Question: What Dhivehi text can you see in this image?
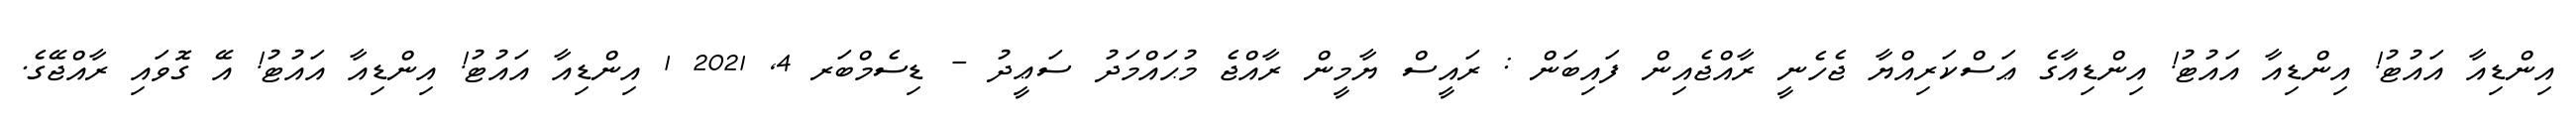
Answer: އިންޑިއާ އައުޓު! އިންޑިއާ އައުޓު! އިންޑިއާގެ ޢަސްކަރިއްޔާ ޖެހެނީ ރާއްޖެއިން ފައިބަން : ރައީސް ޔާމީން ރާއްޖެ މުޙައްމަދު ސަޢީދު - ޑިސެމްބަރ 4, 2021 1 އިންޑިއާ އައުޓު! އިންޑިއާ އައުޓު! އޭ ގޮވައި ރާއްޖޭގެ.